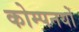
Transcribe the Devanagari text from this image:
कोम्पनयों